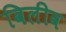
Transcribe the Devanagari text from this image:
विलीव